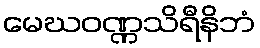
မေဃဝဏ္ဏသိရီနိဘံ